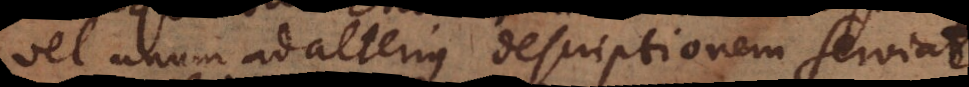
vel unum ad alterius descriptionem serviat